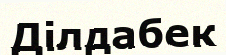
Ділдабек